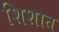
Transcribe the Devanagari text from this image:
शिशात